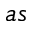
a s